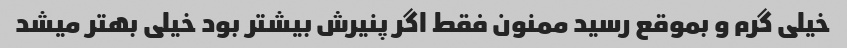
خیلی گرم و بموقع رسید ممنون فقط اگر پنیرش بیشتر بود خیلی بهتر میشد